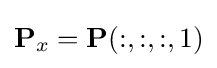
\mathbf {P} _{x}=\mathbf {P} (:,:,:,1)